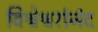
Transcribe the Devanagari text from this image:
विश्वेश्वरांनंद